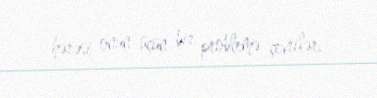
hərəsi onun üçün bir problemə çevrilər.